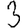
Digit: 3